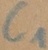
Text: C1